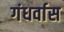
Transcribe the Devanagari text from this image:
गंधर्वास